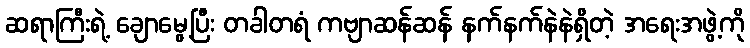
ဆရာကြီးရဲ့ ချောမွေ့ပြီး တခါတရံ ကဗျာဆန်ဆန် နက်နက်နဲနဲရှိတဲ့ အရေးအဖွဲ့ကို